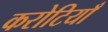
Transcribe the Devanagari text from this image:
करोटियाँ